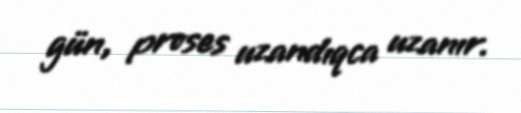
gün, proses uzandıqca uzanır.